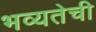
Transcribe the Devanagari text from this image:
भव्यतेची